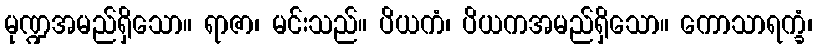
မုဏ္ဍအမည်ရှိသော။ ရာဇာ၊ မင်းသည်။ ပိယကံ၊ ပိယကအမည်ရှိသော။ ကောသာရက္ခံ၊